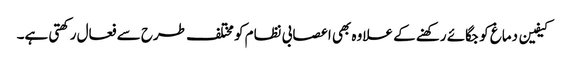
کیفین دماغ کو جگائے رکھنے کے علاوہ بھی اعصابی نظام کو مختلف طرح سے فعال رکھتی ہے۔